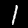
Label: 1